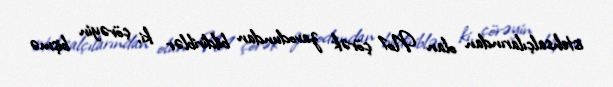
istehsalçılarından olan №1 çörək zavodundan bildiriblər ki, çörəyin bişmə